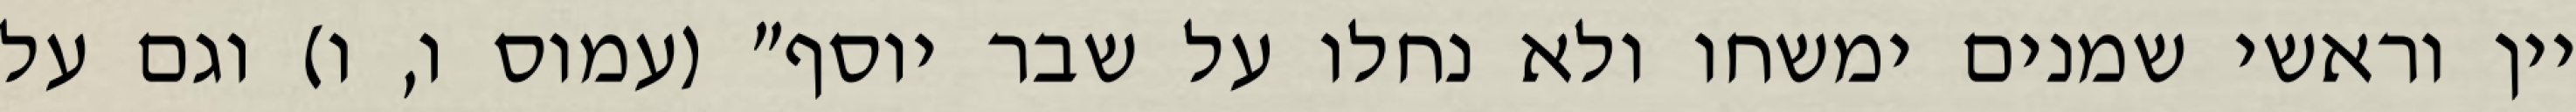
יין וראשי‏ שמנים ימשחו ולא נחלו על שבר יוסף" (עמוס ו, ו) וגם על